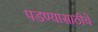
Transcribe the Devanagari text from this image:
पडण्यासाठीचे